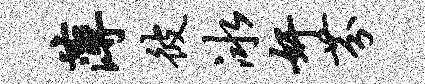
薄彼冰奸芬